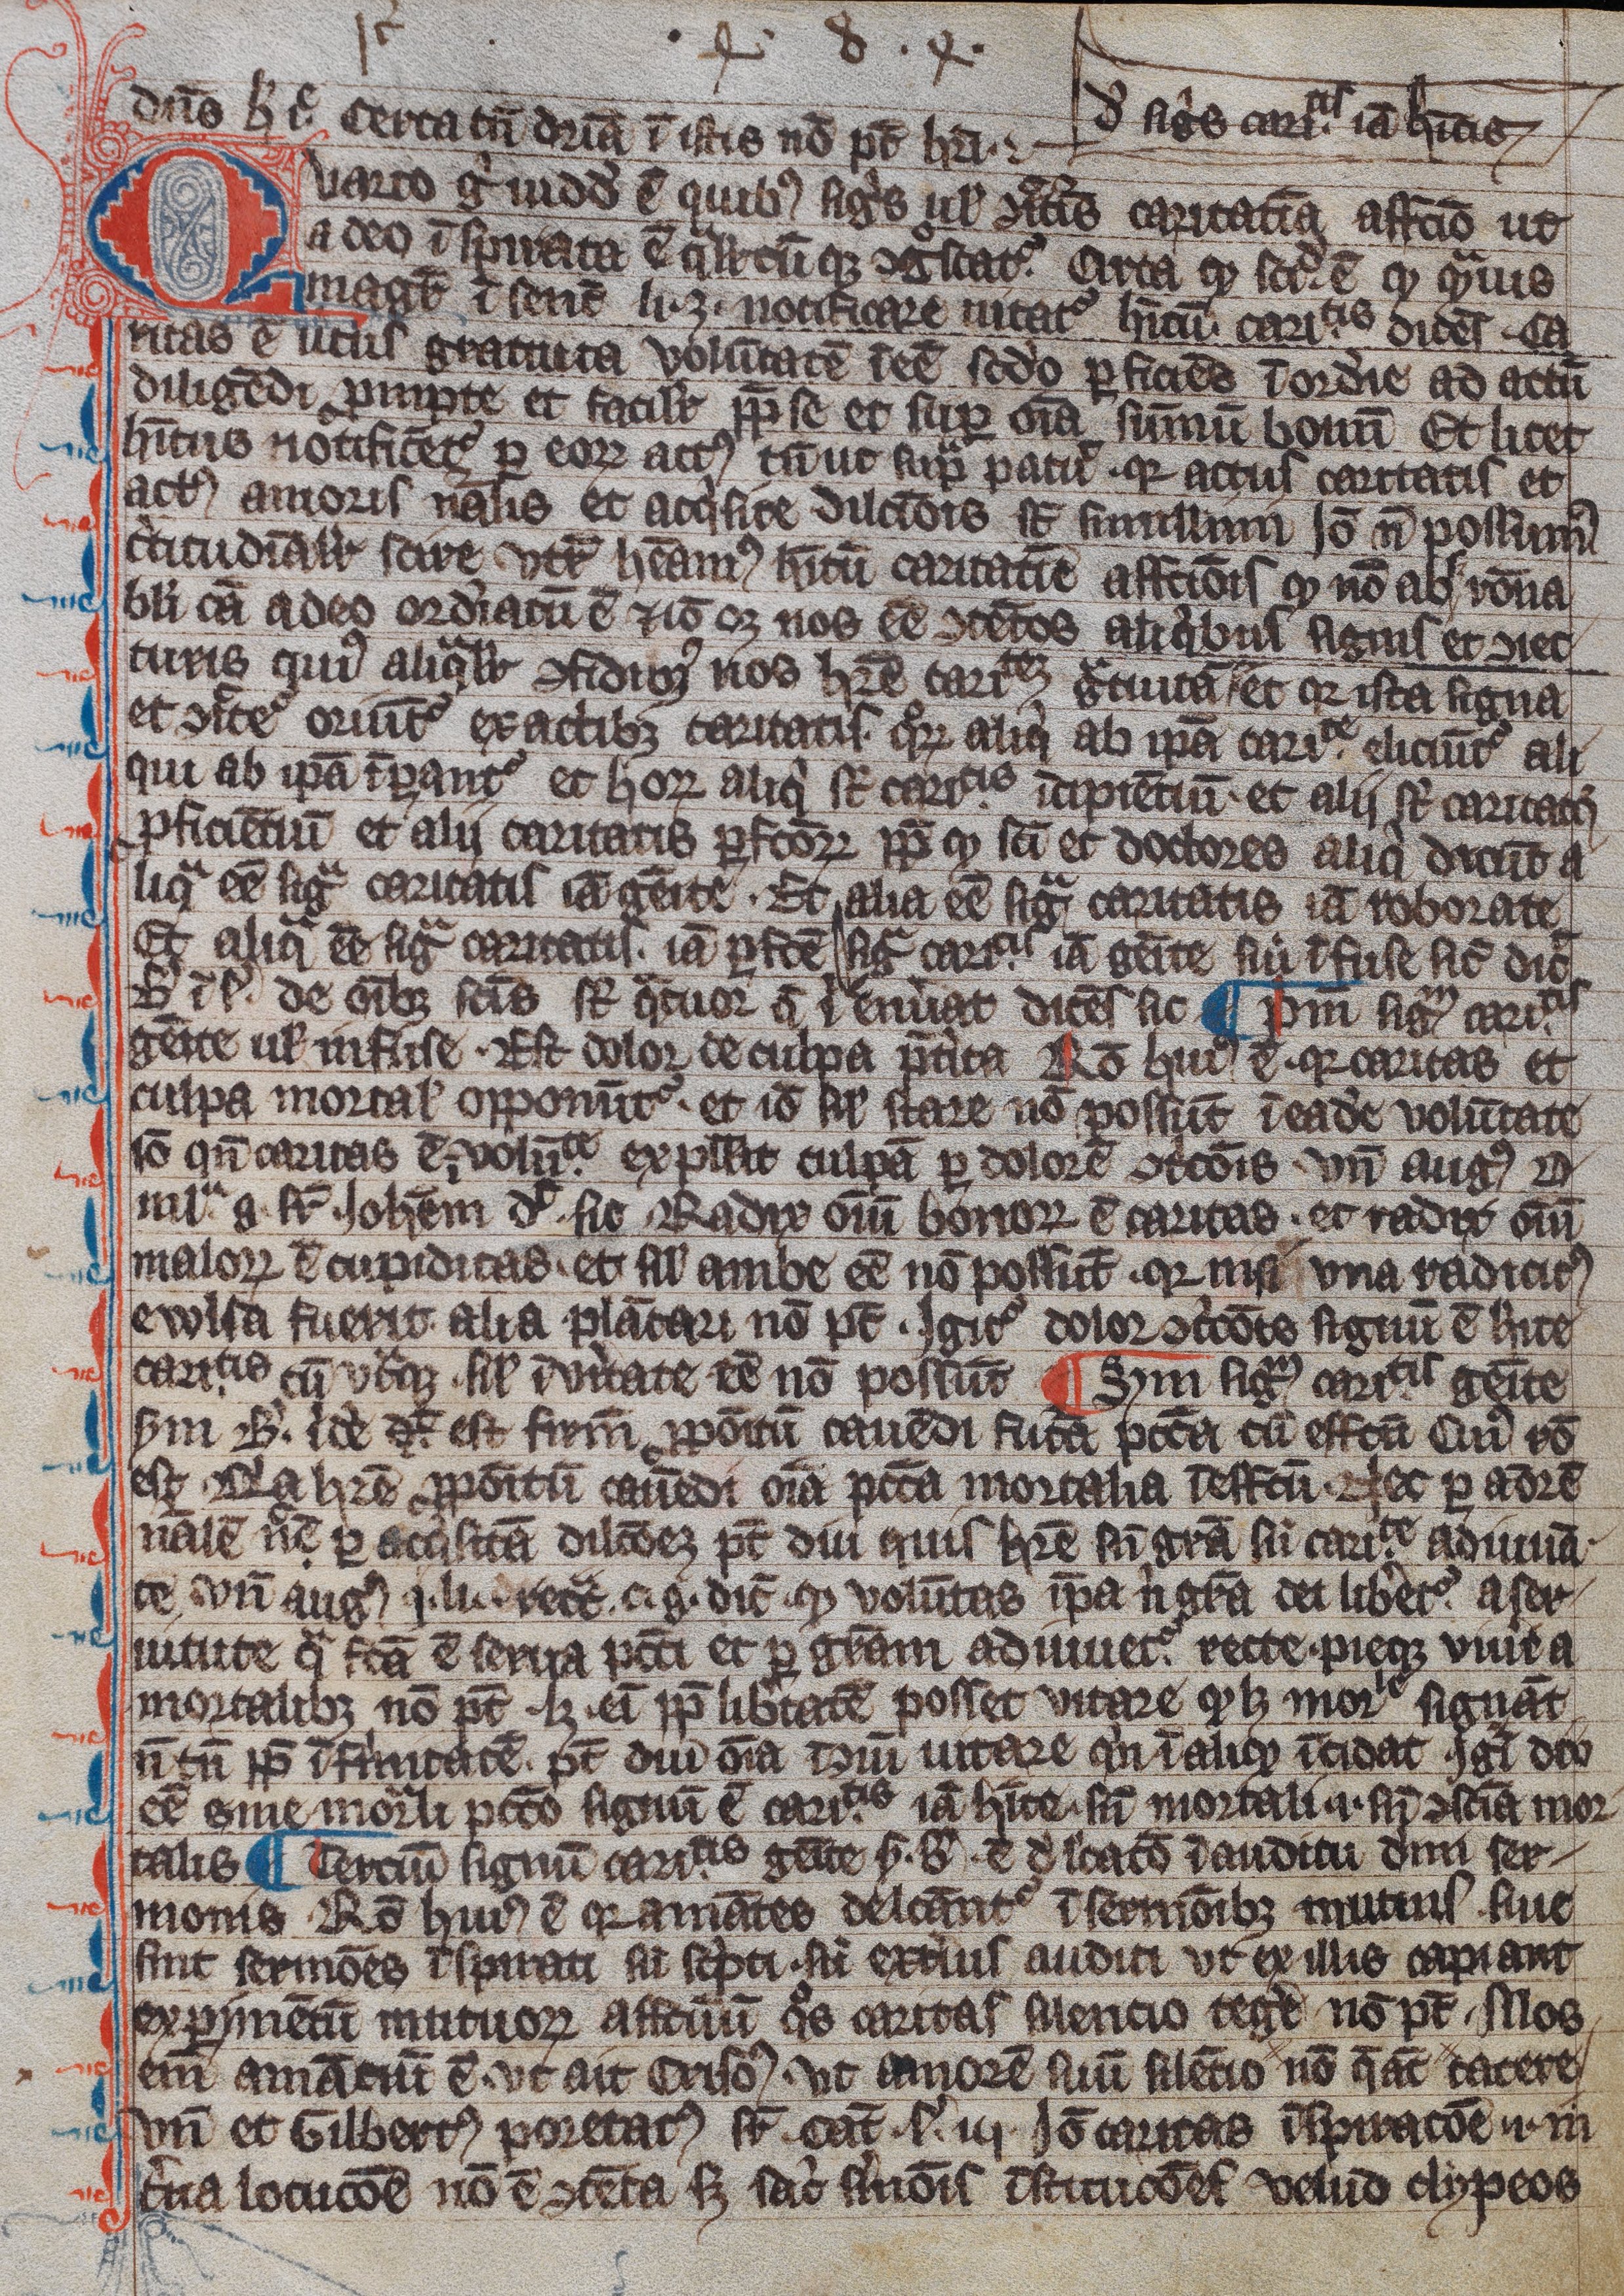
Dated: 1300–1399